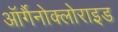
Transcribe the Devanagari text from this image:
ऑर्गैनोक्लोराइड